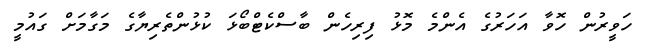
ހަވީރުން ހޮވާ އަހަރުގެ އެންމެ މޮޅު ފިރިހެން ބާސްކެޓްބޯޅަ ކުޅުންތެރިޔާގެ މަގާމަށް ގައުމީ